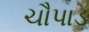
ચૌપાડ